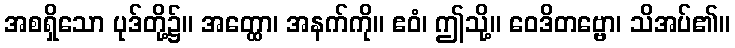
အစရှိသော ပုဒ်တို့၌။ အတ္ထော၊ အနက်ကို။ ဧဝံ၊ ဤသို့။ ဝေဒိတဗ္ဗော၊ သိအပ်၏။